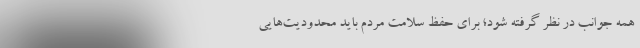
همه جوانب در نظر گرفته شود؛ برای حفظ سلامت مردم باید محدودیت‌هایی